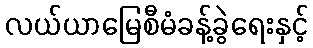
လယ်ယာမြေစီမံခန့်ခွဲရေးနှင့်